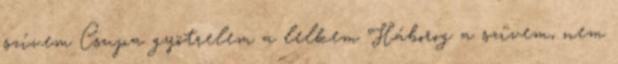
szívem Csupa gyötrelem a lelkem Háborog a szívem, nem